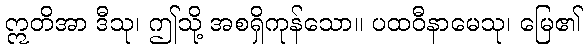
ဣတိအာ ဒီသု၊ ဤသို့ အစရှိကုန်သော။ ပထဝီနာမေသု၊ မြေ၏